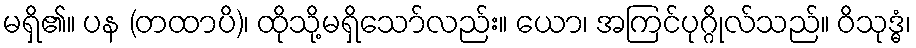
မရှိ၏။ ပန (တထာပိ)၊ ထိုသို့မရှိသော်လည်း။ ယော၊ အကြင်ပုဂ္ဂိုလ်သည်။ ဝိသုဒ္ဓံ၊